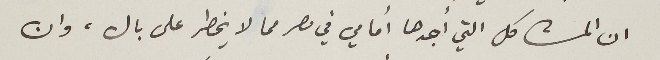
ان المشاكل التي أجدها أمامي في مصر مما لا يخطر على بال، وان